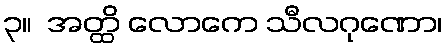
၃။  အတ္ထိ လောကေ သီလဂုဏော၊